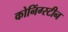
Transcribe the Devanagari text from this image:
कोनिंग्स्टीन